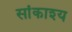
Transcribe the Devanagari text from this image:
सांकाश्य